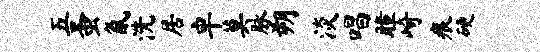
五蚤氤洗居卓莫脉朔淡唱瞳崎痕硬